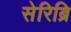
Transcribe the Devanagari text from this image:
सेरिब्रि